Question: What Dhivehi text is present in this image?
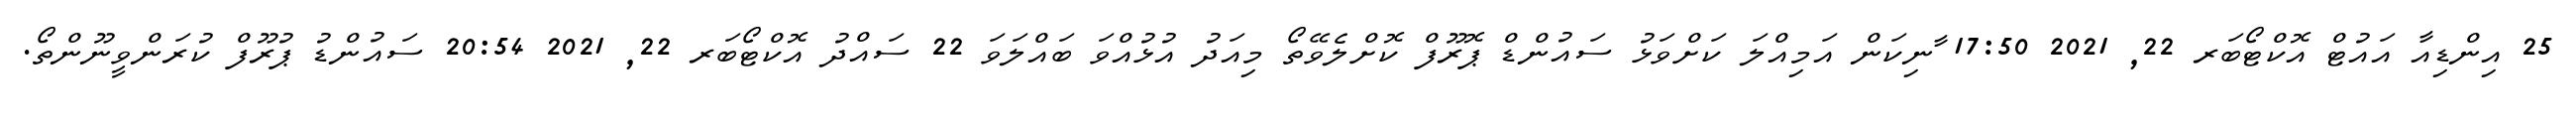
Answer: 25 އިންޑިއާ އައުޓް އޮކްޓޯބަރ 22, 2021 17:50 ާނިކަން އަމިއްލަ ކަށްވަޅު ސައުންޑް ޕޮރޫފް ކޮށްލެވޭތޯ މިއަދު އުޅުއްވަ ބައްލަވަ 22 ސައްދު އޮކްޓޯބަރ 22, 2021 20:54 ސައުންޑު ޕުރޫފް ކުރަންވީނޫންތޯ.